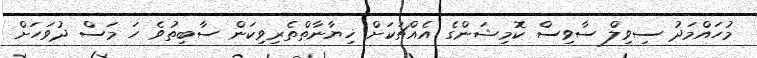
މުހައްމަދު ސިވިލް ސާވިސް ކޮމިޝަންގެ އެއްޗަކަށް ޚިޔާނާތްތެރިވިކަން ސާބިތުވެ ހަ މަސް ދުވަހަށް